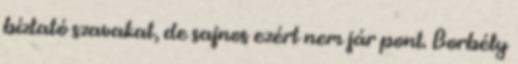
bíztató szavakat, de sajnos ezért nem jár pont. Borbély